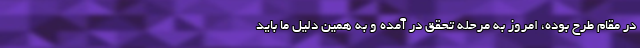
در مقام طرح بوده، امروز به مرحله تحقق در آمده و به همین دلیل ما باید